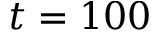
t = 1 0 0